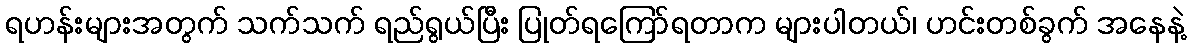
ရဟန်းများအတွက် သက်သက် ရည်ရွယ်ပြီး ပြုတ်ရကြော်ရတာက များပါတယ်၊ ဟင်းတစ်ခွက် အနေနဲ့